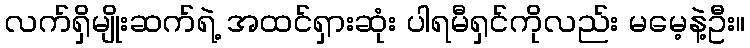
လက်ရှိမျိုးဆက်ရဲ့ အထင်ရှားဆုံး ပါရမီရှင်ကိုလည်း မမေ့နဲ့ဦး။